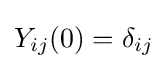
Y_{ij}(0)=\delta _{ij}